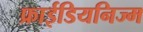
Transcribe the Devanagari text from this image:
फ्राईडियनिज्म